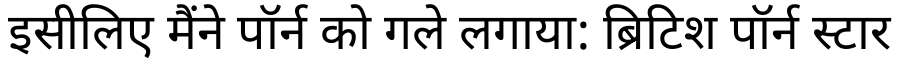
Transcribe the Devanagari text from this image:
इसीलिए मैंने पॉर्न को गले लगाया: ब्रिटिश पॉर्न स्टार